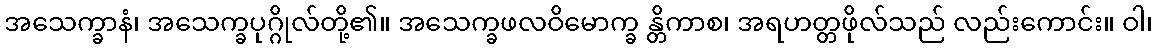
အသေက္ခာနံ၊ အသေက္ခပုဂ္ဂိုလ်တို့၏။ အသေက္ခဖလဝိမောက္ခ န္တိကာစ၊ အရဟတ္တဖိုလ်သည် လည်းကောင်း။ ဝါ၊